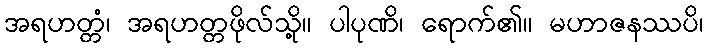
အရဟတ္တံ၊ အရဟတ္တဖိုလ်သို့။ ပါပုဏိ၊ ရောက်၏။ မဟာဇနဿပိ၊